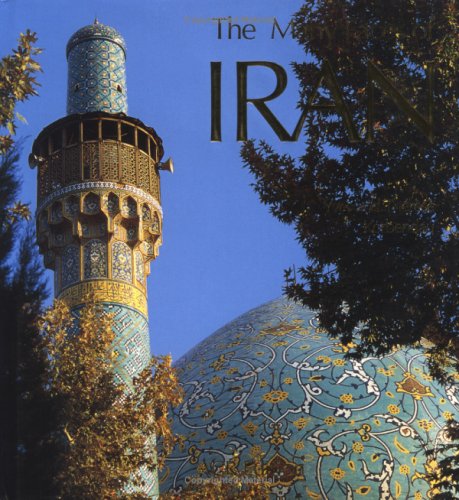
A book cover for The Many Faces of Iran; Yves Korbendau; Travel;